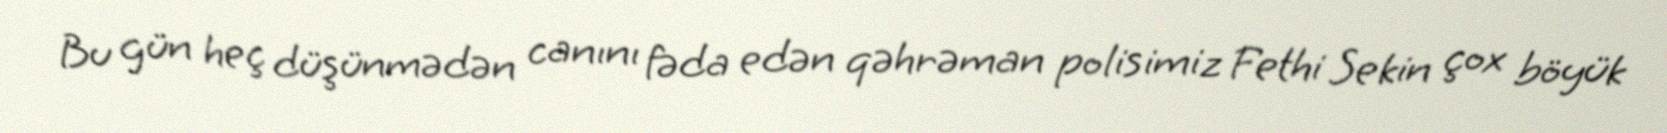
Bu gün heç düşünmədən canını fəda edən qəhrəman polisimiz Fethi Sekin çox böyük